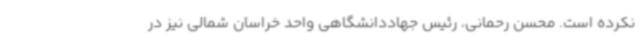
نکرده است. محسن رحمانی، رئیس جهاددانشگاهی واحد خراسان شمالی نیز در